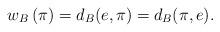
LaTeX: \begin{align*} w_B\left(\pi\right)=d_B(e,\pi)=d_B(\pi,e). \end{align*}